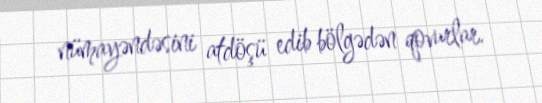
nümayəndəsini atdöşü edib bölgədən qovurlar.